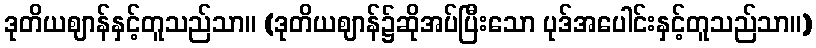
ဒုတိယဈာန်နှင့်တူသည်သာ။ (ဒုတိယဈာန်၌ဆိုအပ်ပြီးသော ပုဒ်အပေါင်းနှင့်တူသည်သာ။)